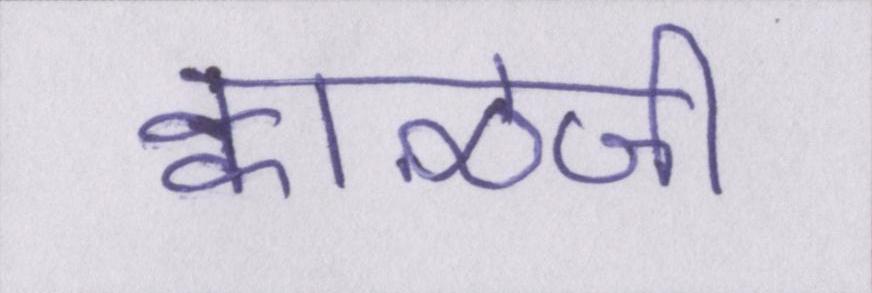
क्वाँळजी